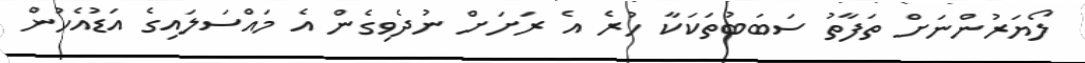
ލޯޔަރުންނަށް ތަފާތު ސަބަބުތަކަކާ ހުރެ އެ ރަށަށް ނުދެވިގެން އެ މައްސަލައިގެ އަޑުއެހުން